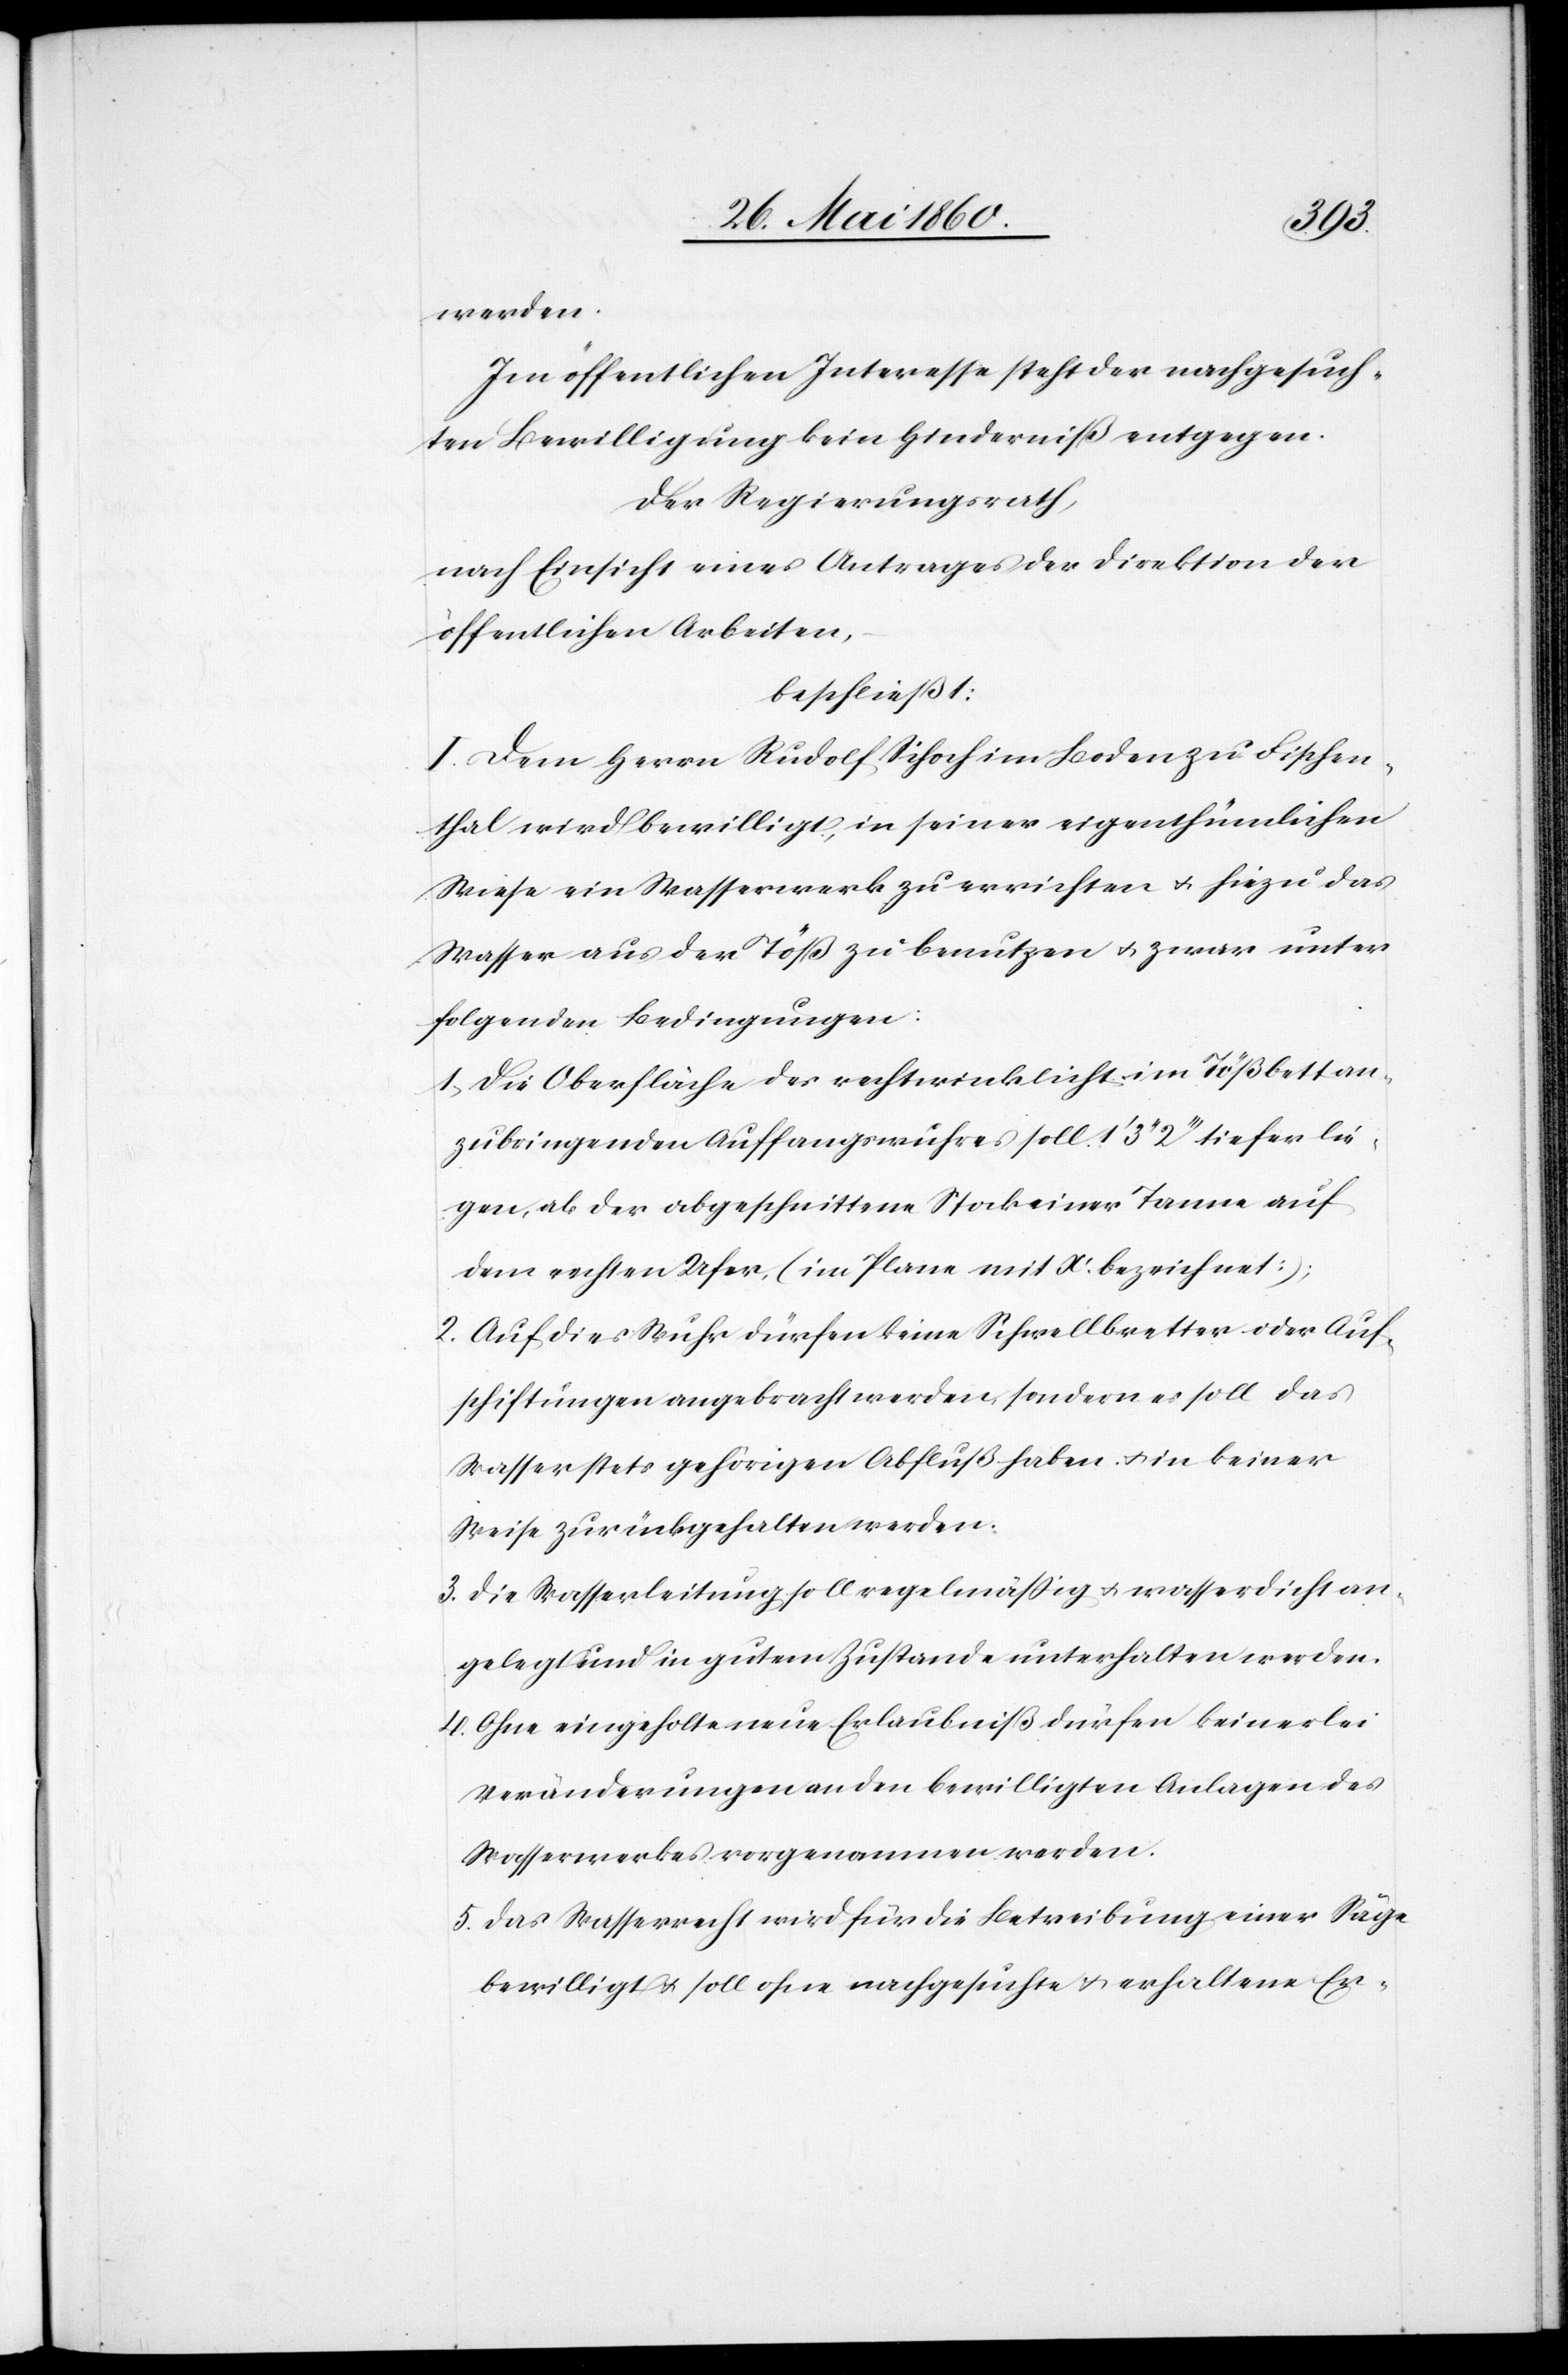
werden.
Im öffentlichen Interesse steht der nachgesuch¬
ten Bewilligung kein Hinderniß entgegen.
Der Regierungsrath,
nach Einsicht eines Antrages der Direktion der
öffentlichen Arbeiten,
beschließt:
I. Dem Herrn Rudolf Schoch im Boden zu Fischen¬
thal wird bewilligt, in seiner eigenthümlichen
Wiese ein Wasserwerk zu errichten u. hiezu das
Wasser aus der Töß zu benutzen u. zwar unter
folgenden Bedingungen:
1. Die Oberfläche des rechtwinklicht im Tößbett an¬
zubringenden Auffangwuhres soll 1’ 3’’ 2’’’ tiefer lie¬
gen, als der abgeschnittene Stock einer Tanne auf
dem rechten Ufer, (im Plane mit X’ bezeichnet:);
2. Auf dies Wuhr dürfen keine Schwellbretter oder Auf¬
schiftungen angebracht werden, sondern es soll das
Wasser stets gehörigen Abfluß haben u. in keiner
Weise zurückgehalten werden.
3. Die Wasserleitung soll regelmäßig u. wasserdicht an¬
gelegt und in gutem Zustande unterhalten werden.
4. Ohne eingeholte neue Erlaubniß dürfen keinerlei
Veränderungen an den bewilligten Anlagen des
Wasserwerkes vorgenommen werden.
5. Das Wasserrecht wird für die Betreibung einer Säge
bewilligt u. soll ohne nachgesuchte u. erhaltene Er-